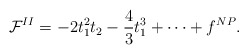
\begin{align*}{\cal F}^{II}= - 2t_1^2 t_2 - \frac{4}{3}t_1^3 + \dots + f^{NP} .\end{align*}